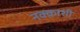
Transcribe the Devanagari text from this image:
नक्क़ाशी